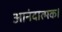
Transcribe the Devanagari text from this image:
आनंदात्मक।